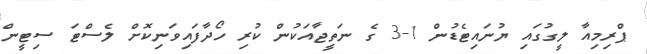
ޕްރިމިއާ ލީގުގައި ޔުނައިޓެޑުން 1-3 ގެ ނަތީޖާއަކުން ކުރި ހޯދާފައިވަނިކޮށް ލެސްޓަ ސިޓީން